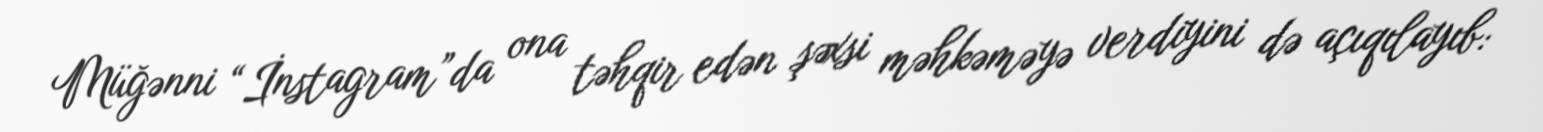
Müğənni “İnstagram”da ona təhqir edən şəxsi məhkəməyə verdiyini də açıqılayıb: